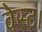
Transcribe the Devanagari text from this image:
वेस्ट।